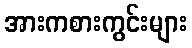
အားကစားကွင်းများ